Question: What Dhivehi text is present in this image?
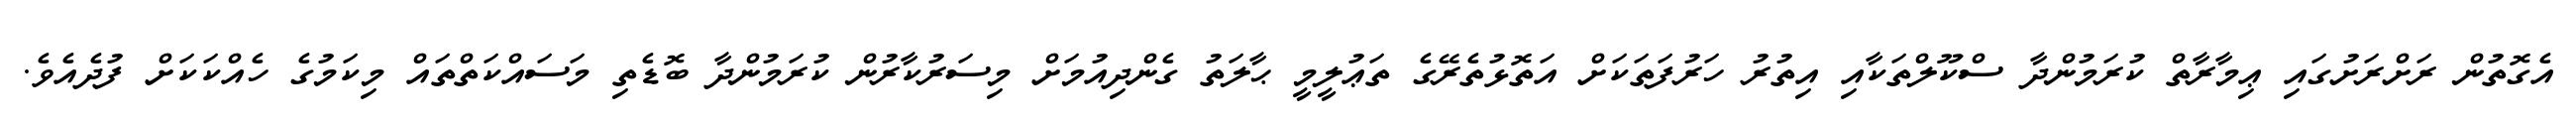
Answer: އެގޮތުން ރަށްރަށުގައި ޢިމާރާތް ކުރަމުންދާ ސްކޫލްތަކާއި އިތުރު ހަރުފަތަކަށް އަތޮޅުތެރޭގެ ތަޢުލީމީ ޙާލަތު ގެންދިއުމަށް މިސަރުކާރުން ކުރަމުންދާ ބޮޑެތި މަސައްކަތްތައް މިކަމުގެ ހެއްކަކަށް ފުދެއެވެ.